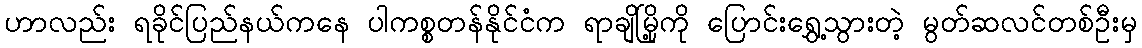
ဟာလည်း ရခိုင်ပြည်နယ်ကနေ ပါကစ္စတန်နိုင်ငံက ရာချိမြို့ကို ပြောင်းရွှေ့သွားတဲ့ မွတ်ဆလင်တစ်ဦးမှ